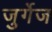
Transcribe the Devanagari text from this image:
जुर्गेज